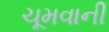
ચૂમવાની